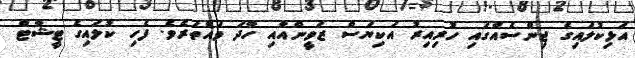
އަޅިކުލައިގެ ޖިންސެއްގައި ހުރިއިރު އަކިޔަސް ޒަވީންއާއި ހާދަ ވައްތަރެވެ. ފެހި ކުލައިގެ ޓީޝާޓް